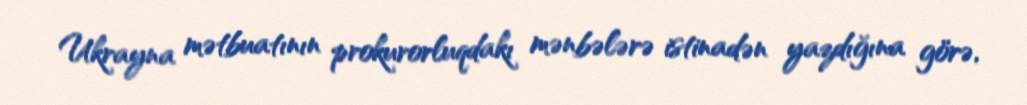
Ukrayna mətbuatının prokurorluqdakı mənbələrə istinadən yazdığına görə,